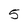
Character: 5